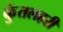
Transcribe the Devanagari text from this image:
कुंतलहरी